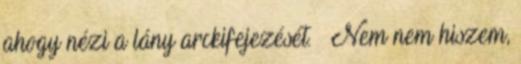
ahogy nézi a lány arckifejezését. – Nem nem hiszem,